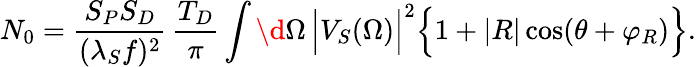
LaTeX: N_{0}=\frac{S_{P}S_{D}}{(\lambda_{S}f)^{2}}\, \frac{T_{D}}{\pi}\int\d\Omega\, \Big|V_{S}(\Omega)\Big|^{2}\Big\{ 1+|R|\cos(\theta+\varphi_{R})\Big\} .